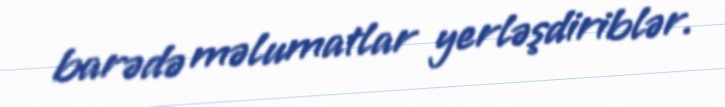
barədə məlumatlar yerləşdiriblər.